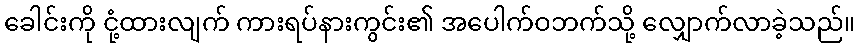
ခေါင်းကို ငုံ့ထားလျက် ကားရပ်နားကွင်း၏ အပေါက်ဝဘက်သို့ လျှောက်လာခဲ့သည်။